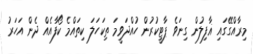
މިރާއްގޭގައި ޣާފިލުން ގިނަވެ ޕާޓީކުރުން ހުއްދަވީމަ ތިކަހަލަ ކިތައްމެ ކޯފާއެއް ދެން އަހަރު